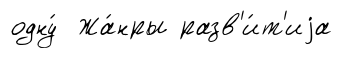
одну́ Жа́нры разв'и́т'иjа